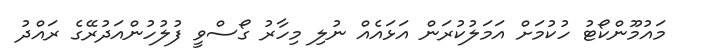
މައުމޫންކޯޓު ހުކުމަށް އަމަލުކުރަން އަޅައެއް ނުލި މިހާރު ގޯސްވީ ފުލުހުންއަދުރޭގެ ރައްދު